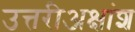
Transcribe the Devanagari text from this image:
उत्तरीअक्षांश